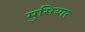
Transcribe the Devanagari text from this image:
मुसियार